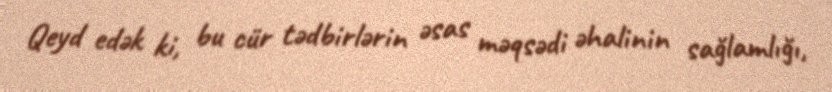
Qeyd edək ki, bu cür tədbirlərin əsas məqsədi əhalinin sağlamlığı,